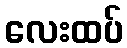
လေးထပ်